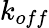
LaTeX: k_{off}